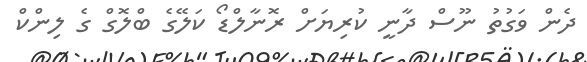
ދެން ވަގުތު ނޫސް ދާނީ ކުރިޔަށް ރޮނާލްޑޯ ކަލޭގެ ބްލޮގް ގެ ލިންކް